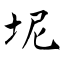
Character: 坭